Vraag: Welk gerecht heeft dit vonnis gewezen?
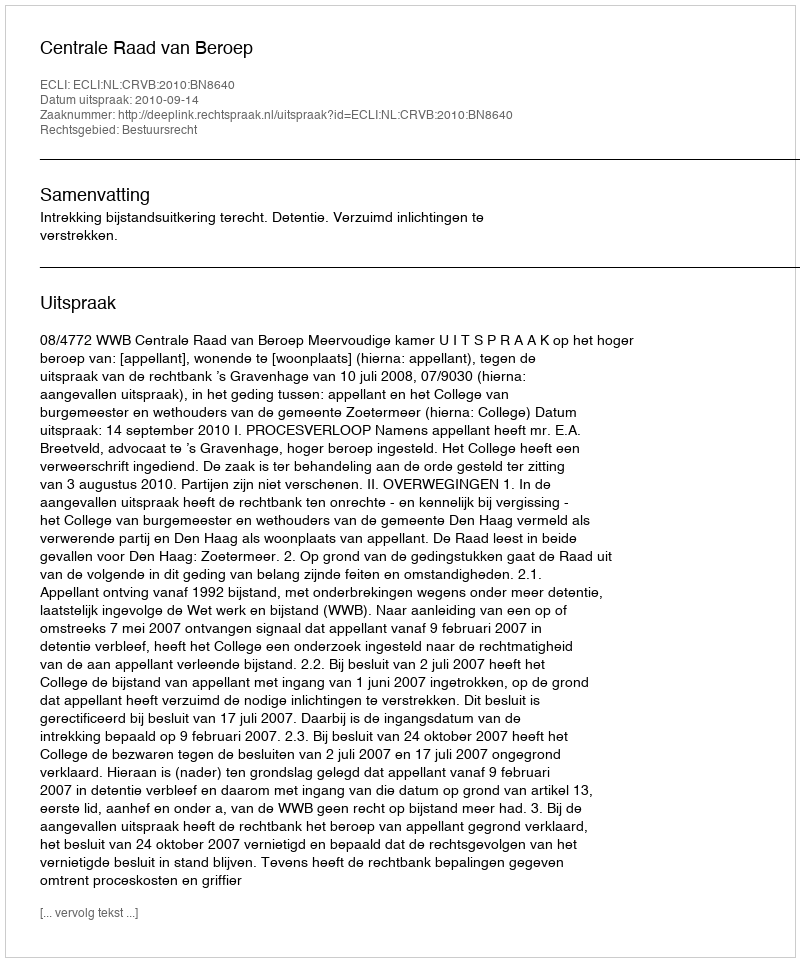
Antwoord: Centrale Raad van Beroep